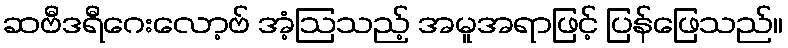
ဆဗီဒရီဂေးလော့ဗ် အံ့ဩသည့် အမူအရာဖြင့် ပြန်ဖြေသည်။